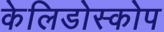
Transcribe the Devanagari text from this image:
केलिडोस्कोप